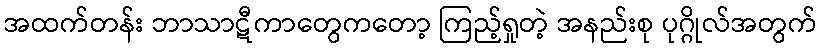
အထက်တန်း ဘာသာဋီကာတွေကတော့ ကြည့်ရှုတဲ့ အနည်းစု ပုဂ္ဂိုလ်အတွက်